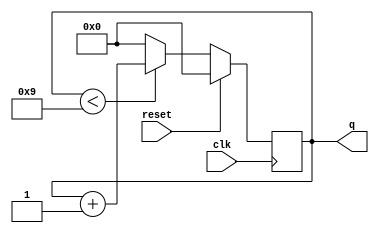
module top_module (
    input clk,
    input reset,        // Synchronous active-high reset
    output reg [3:0] q);

always @(posedge clk ) begin
   if(reset) begin
        q <= 4'b0;
   end 
   else begin
        if(q < 9)  q <= q + 1'b1;
        else q <= 4'b0;
   end
end

endmodule